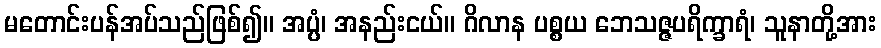
မတောင်းပန်အပ်သည်ဖြစ်၍။ အပ္ပံ၊ အနည်းငယ်။ ဂိလာန ပစ္စယ ဘေသဇ္ဇပရိက္ခာရံ၊ သူနာတို့အား